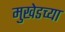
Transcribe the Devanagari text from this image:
मुखेडच्या